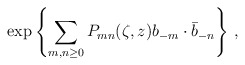
\begin{align*}\exp\left\{\sum_{m,n\geq 0}P_{mn}(\zeta,z)b_{-m}\cdot\bar b_{-n}\right\}\,,\end{align*}